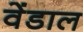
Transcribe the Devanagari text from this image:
वेंडाल